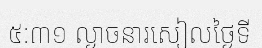
៥:៣១ ល្ងាចនារសៀលថ្ងៃទី